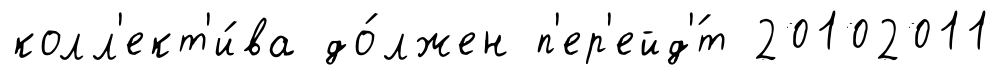
колл'ект'и́ва до́лжен п'ер'ейд'́т 20102011